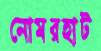
নোমরহাট